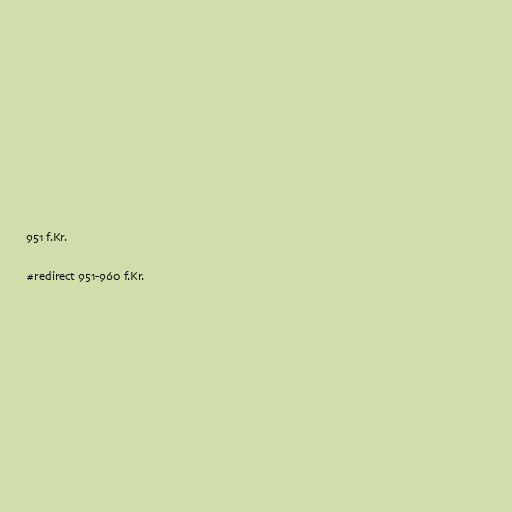
951 f.Kr.

#redirect 951-960 f.Kr.